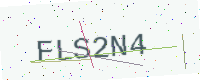
Text: FLS2N4